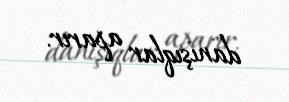
danışıqlar aparır.